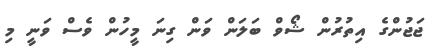
ޖަޖުންގެ އިތުރުން ޝޯވް ބަލަން ވަން ގިނަ މީހުން ވެސް ވަނީ މި